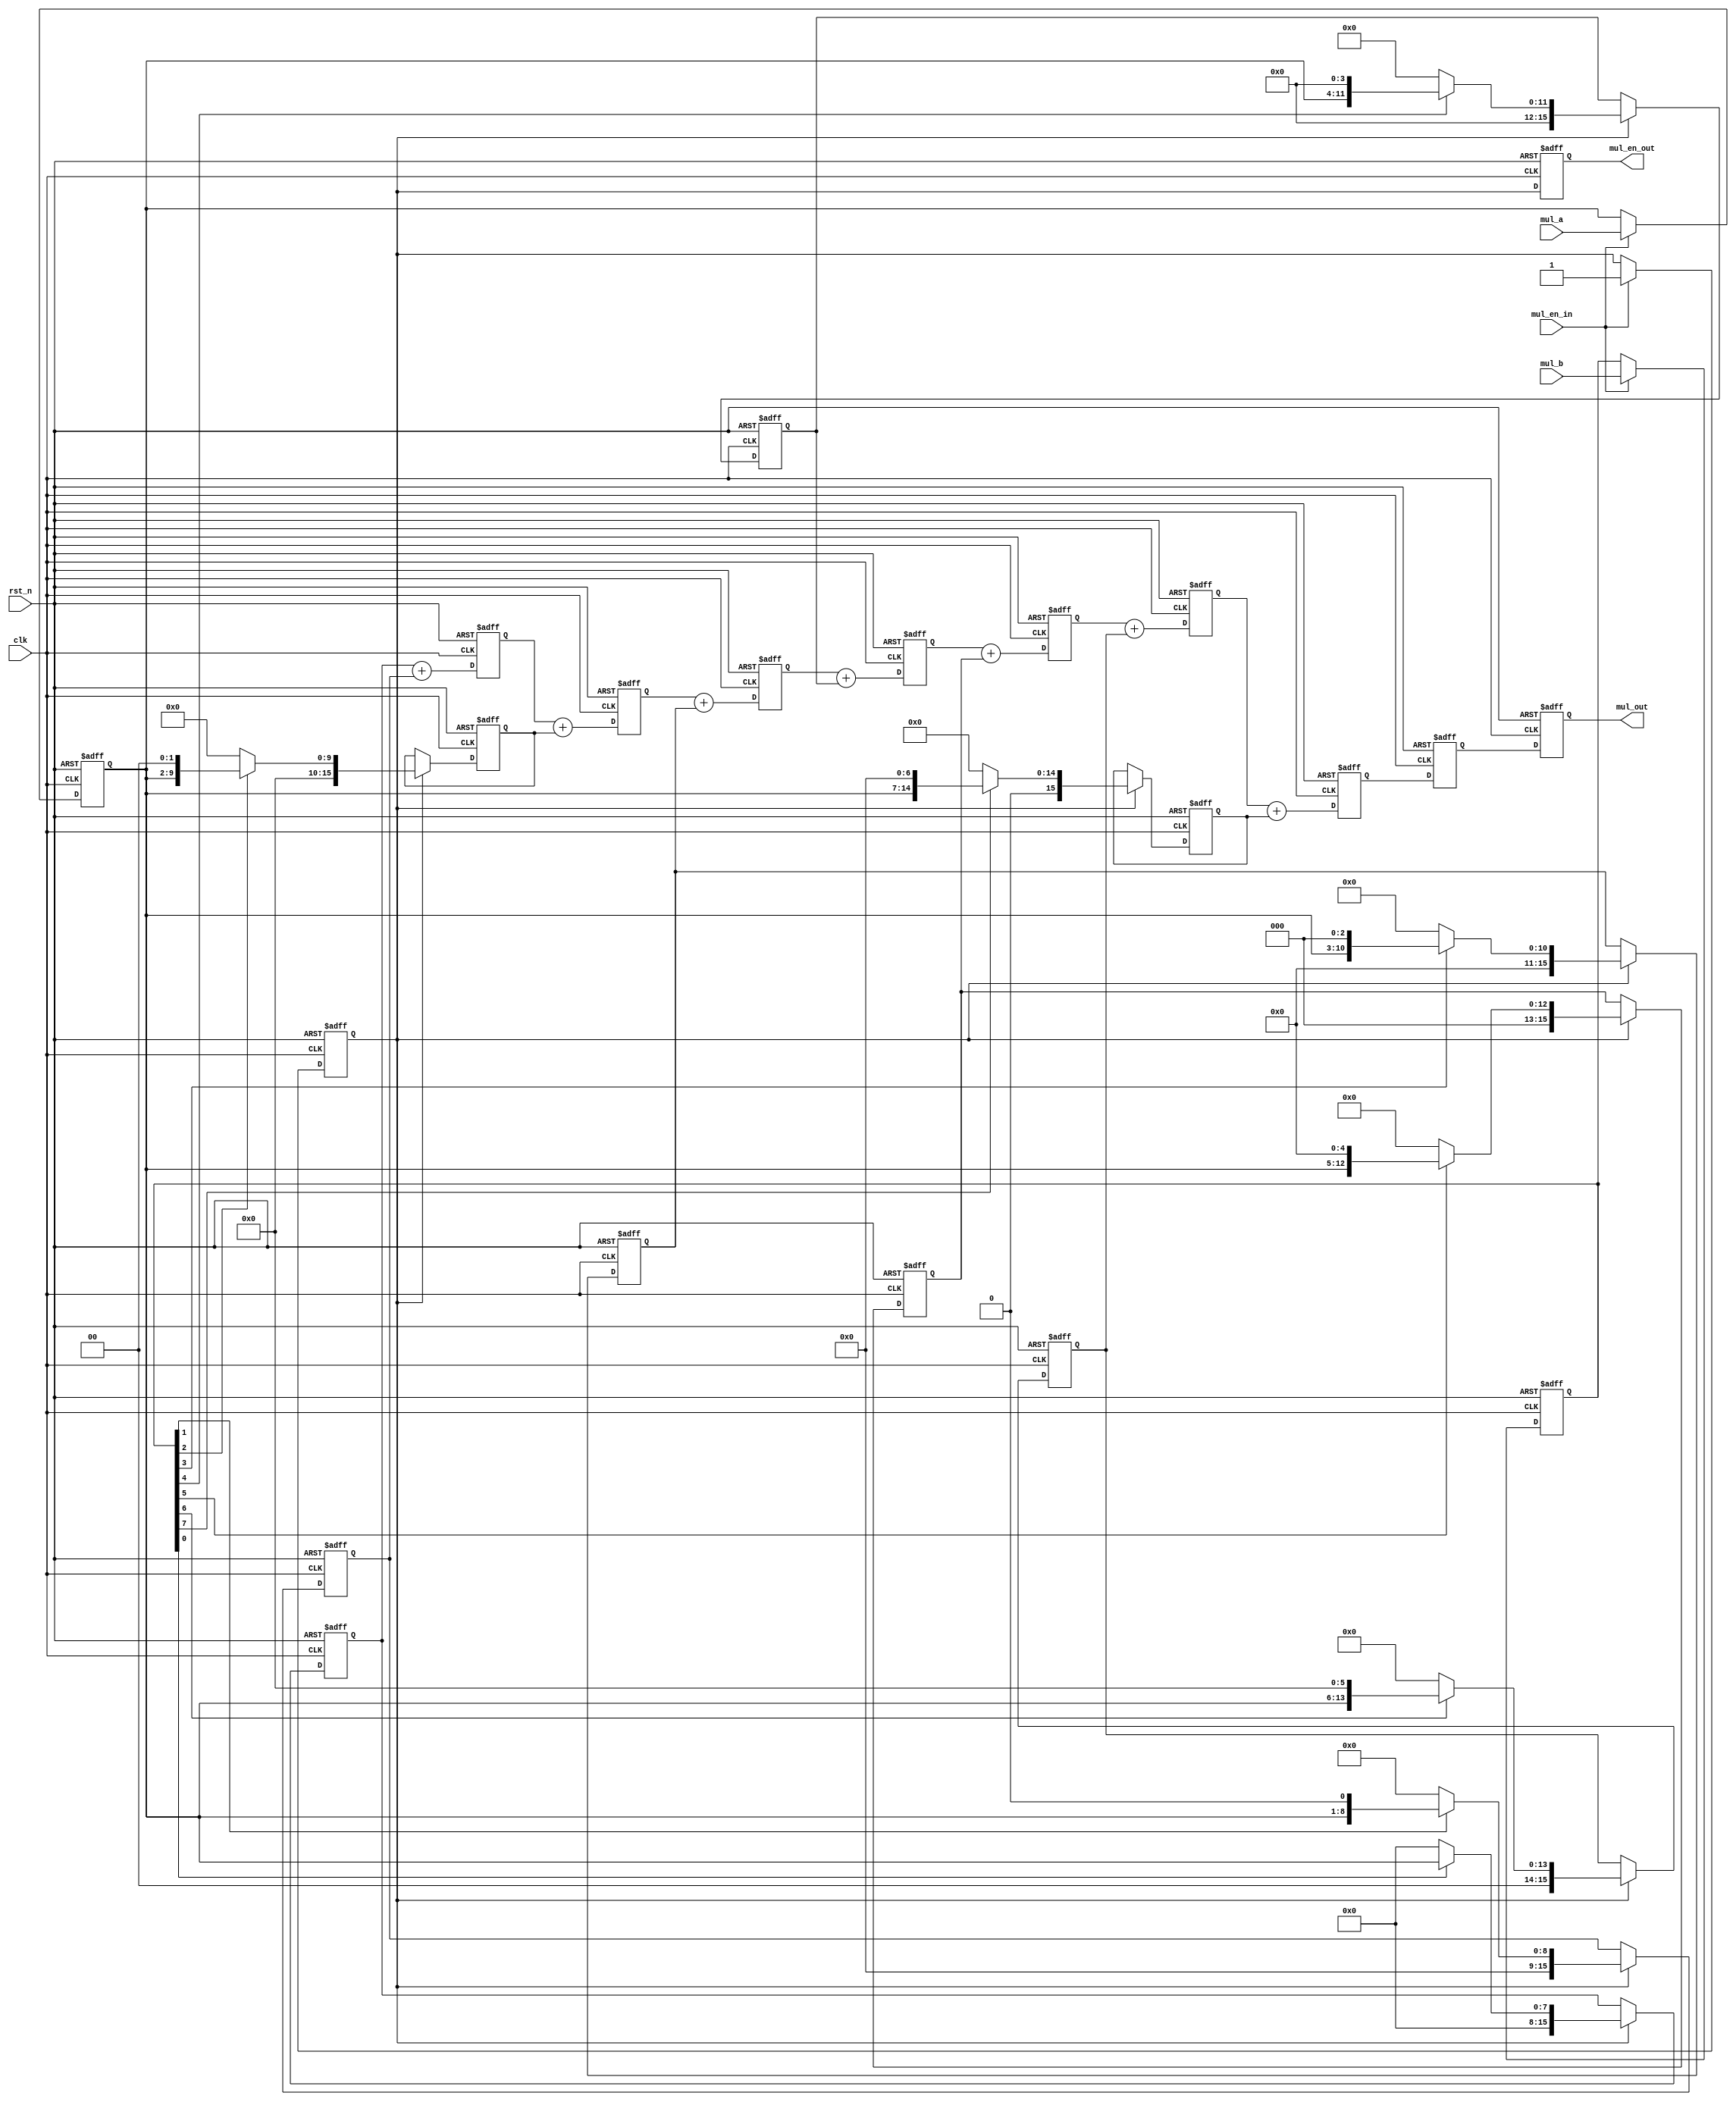
module multi_pipe_8bit(
    input wire clk,
    input wire rst_n,
    input wire mul_en_in,
    input wire [7:0] mul_a,
    input wire [7:0] mul_b,
    output reg mul_en_out,
    output reg [15:0] mul_out
);

    reg [7:0] mul_a_reg, mul_b_reg;
    reg mul_en_in_reg;
    reg [15:0] partials[7:0]; // Array to store partial products
    reg [15:0] partial_sum;   // Register to store partial sum

    // Pipeline stage registers
    reg [15:0] stage1, stage2, stage3, stage4, stage5, stage6, stage7;

    // Input control logic
    always @(posedge clk or negedge rst_n) begin
        if (!rst_n) begin
            mul_a_reg <= 0;
            mul_b_reg <= 0;
            mul_en_in_reg <= 0;
        end else if (mul_en_in) begin
            mul_a_reg <= mul_a;
            mul_b_reg <= mul_b;
            mul_en_in_reg <= mul_en_in;
        end
    end

    // Generate partial products
    integer i;
    always @(posedge clk or negedge rst_n) begin
        if (!rst_n) begin
            for (i = 0; i < 8; i = i + 1)
                partials[i] <= 0;
        end else if (mul_en_in_reg) begin
            for (i = 0; i < 8; i = i + 1)
                partials[i] <= mul_b_reg[i] ? (mul_a_reg << i) : 0;
        end
    end

    // Calculate partial sums and pipeline them through the stages
    always @(posedge clk or negedge rst_n) begin
        if (!rst_n) begin
            partial_sum <= 0;
            stage1 <= 0;
            stage2 <= 0;
            stage3 <= 0;
            stage4 <= 0;
            stage5 <= 0;
            stage6 <= 0;
            stage7 <= 0;
        end else begin
            partial_sum <= partials[0] + partials[1];
            stage1 <= partial_sum + partials[2];
            stage2 <= stage1 + partials[3];
            stage3 <= stage2 + partials[4];
            stage4 <= stage3 + partials[5];
            stage5 <= stage4 + partials[6];
            stage6 <= stage5 + partials[7];
            stage7 <= stage6;
        end
    end

    // Output logic
    always @(posedge clk or negedge rst_n) begin
        if (!rst_n) begin
            mul_out <= 0;
            mul_en_out <= 0;
        end else begin
            mul_out <= stage7;
            mul_en_out <= mul_en_in_reg;
        end
    end

endmodule